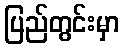
ပြည်တွင်းမှာ